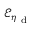
\mathcal { E } _ { \eta _ { \mathrm { ~ d ~ } } }